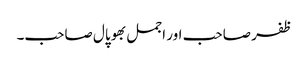
ظفر صاحب اور اجمل بھوپال صاحب۔